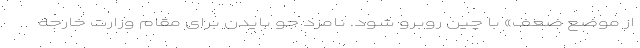
از موضع ضعف» با چین روبرو شود. نامزد جو بایدن برای مقام وزارت خارجه